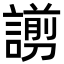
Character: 謭